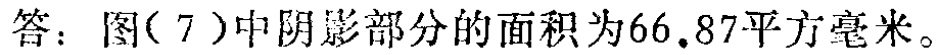
答：图( 7 )中阴影部分的面积为66.87平方毫米。